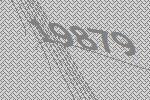
19879